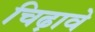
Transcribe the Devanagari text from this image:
चिढ़ावे